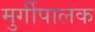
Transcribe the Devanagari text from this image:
मुर्गीपालक